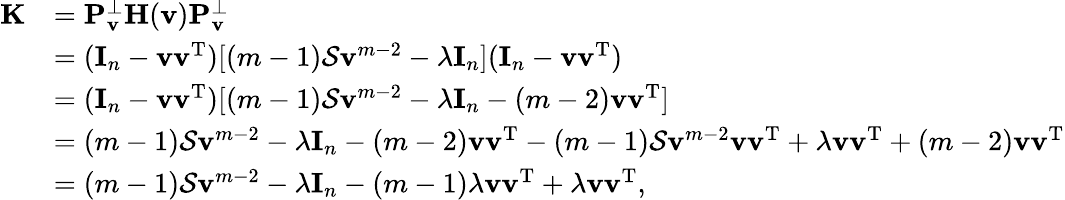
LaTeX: \begin{array}{rl}{\mathbf{K}}&{=\mathbf P_{\mathbf v}^{\bot}\mathbf H(\mathbf v)\mathbf P_{\mathbf v}^{\bot}}\\ &{=(\mathbf I_{n}-\mathbf v\mathbf v^{\mathrm T})[(m-1)\mathcal S\mathbf v^{m-2}-\lambda\mathbf I_{n}](\mathbf I_{n}-\mathbf v\mathbf v^{\mathrm T})}\\ &{=(\mathbf I_{n}-\mathbf v\mathbf v^{\mathrm T})[(m-1)\mathcal S\mathbf v^{m-2}-\lambda\mathbf I_{n}-(m-2)\mathbf v\mathbf v^{\mathrm T}]}\\ &{=(m-1)\mathcal S\mathbf v^{m-2}-\lambda\mathbf I_{n}-(m-2)\mathbf v\mathbf v^{\mathrm T}-(m-1)\mathcal S\mathbf v^{m-2}\mathbf v\mathbf v^{\mathrm T}+\lambda\mathbf v\mathbf v^{\mathrm T}+(m-2)\mathbf v\mathbf v^{\mathrm T}}\\ &{=(m-1)\mathcal S\mathbf v^{m-2}-\lambda\mathbf I_{n}-(m-1)\lambda\mathbf v\mathbf v^{\mathrm T}+\lambda\mathbf v\mathbf v^{\mathrm T},}\end{array}